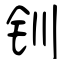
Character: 钏